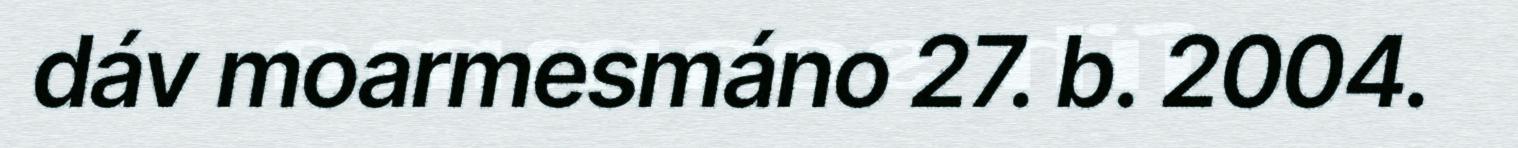
dáv moarmesmáno 27. b. 2004.